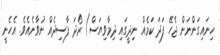
ހިނައިގަންނަން ޖެހޭ ފަދަ ކަމެއް ނިދީގައި ދިމާވިޔަސް) ރޯދަ ފާސިދެއް ނުވާނެއެވެ. އެހެނީ